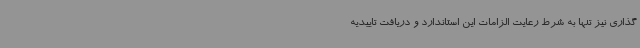
گذاری نیز تنها به شرط رعایت الزامات این استاندارد و دریافت تاییدیه